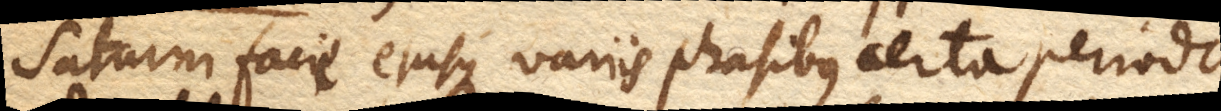
Saturni facie ejusque variis phasibus certa periodo